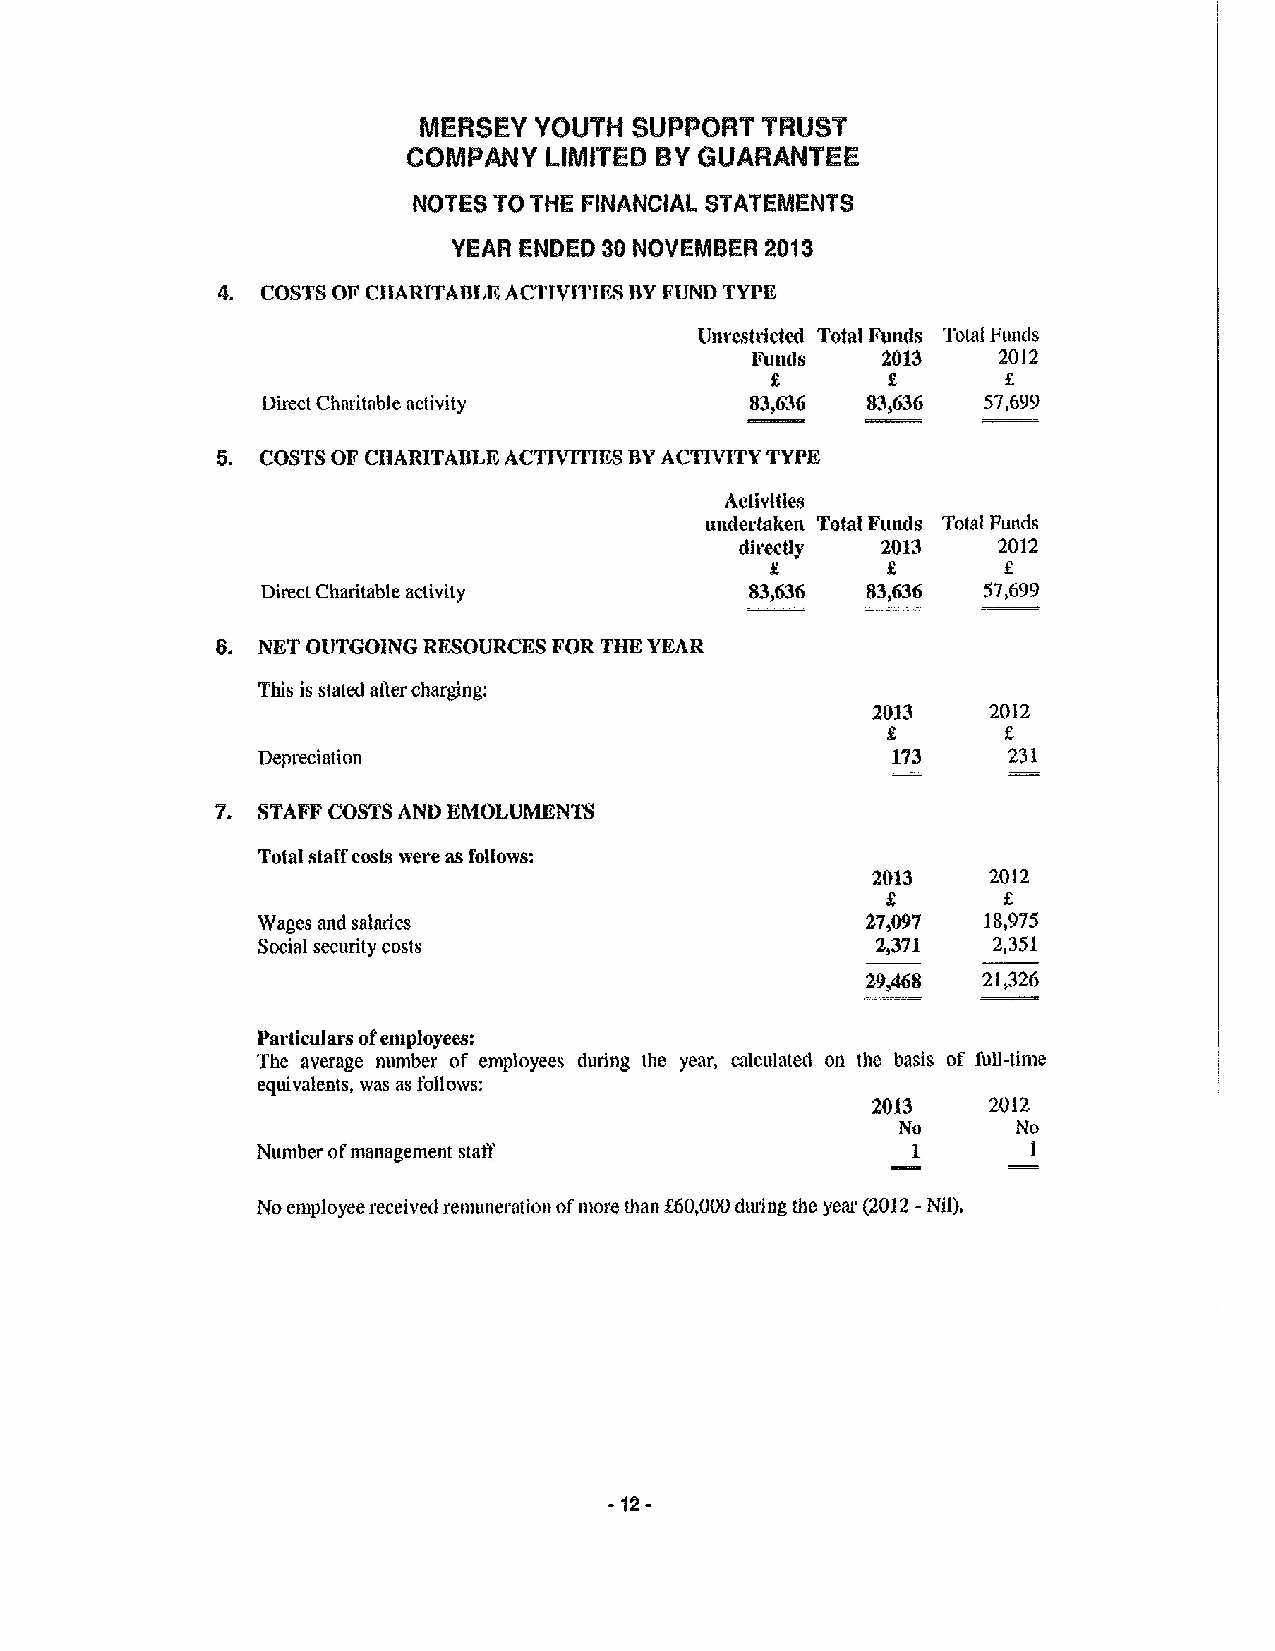
MERSEY YOUTH  SUPPORT TRUST
 COMPM   Y LIMITED BYGUARANTEE
 NOTES TO THE FINANC/AL STATEMENTS
 YEAFI ENDED 30 NOVEMBER 20is
 COSTSOF CIIAIIAHI, KACTIVITIK&SHY FUND TYPE&
 Unrestrktcd Total Funds Total Funds
 I&'unds MI13    2012
 f
 Direct Chatitable activity       83,636 83,G36  57,699
 5. COSTS OF CHARITAIILK ACTIVITIES SYACTIVITY TYPE
 Activities
 under&ken Total I&unds Total Funds
 2M3     2012
 directly
 R
 Direct Charitable activity       83,636 83,636  57,699
 6. NKT OUTGOING RESOURCES FOR THK YEAR
 This is stated after charging:
 2013    2012
 Depreciation                              173     231
 7. STAFF COSTSAND KMOI.UMKNTS
 Total staff costs were as follows:
 2013    2012
 Wages and salaries                      27,097  l8,975
 Social security costs                    2,371   2,351
 21,326
 Particulars ofemployees:
 The average number of employees during the year, cakulated on the basis of fuH-time
 equivalents, was as follows:
 2013   20l2
 No     No
 Number ofmanagement staff                  1       1
 No employee received rentuneration ofmore than f60,000dtaing ate year (2012 -Nil).
 -12-